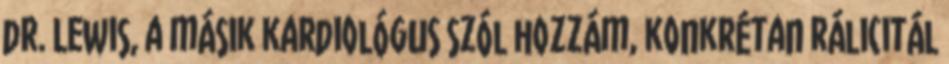
dr. Lewis, a másik kardiológus szól hozzám, konkrétan rálicitál